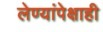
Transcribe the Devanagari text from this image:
लेण्यांपेक्षाही